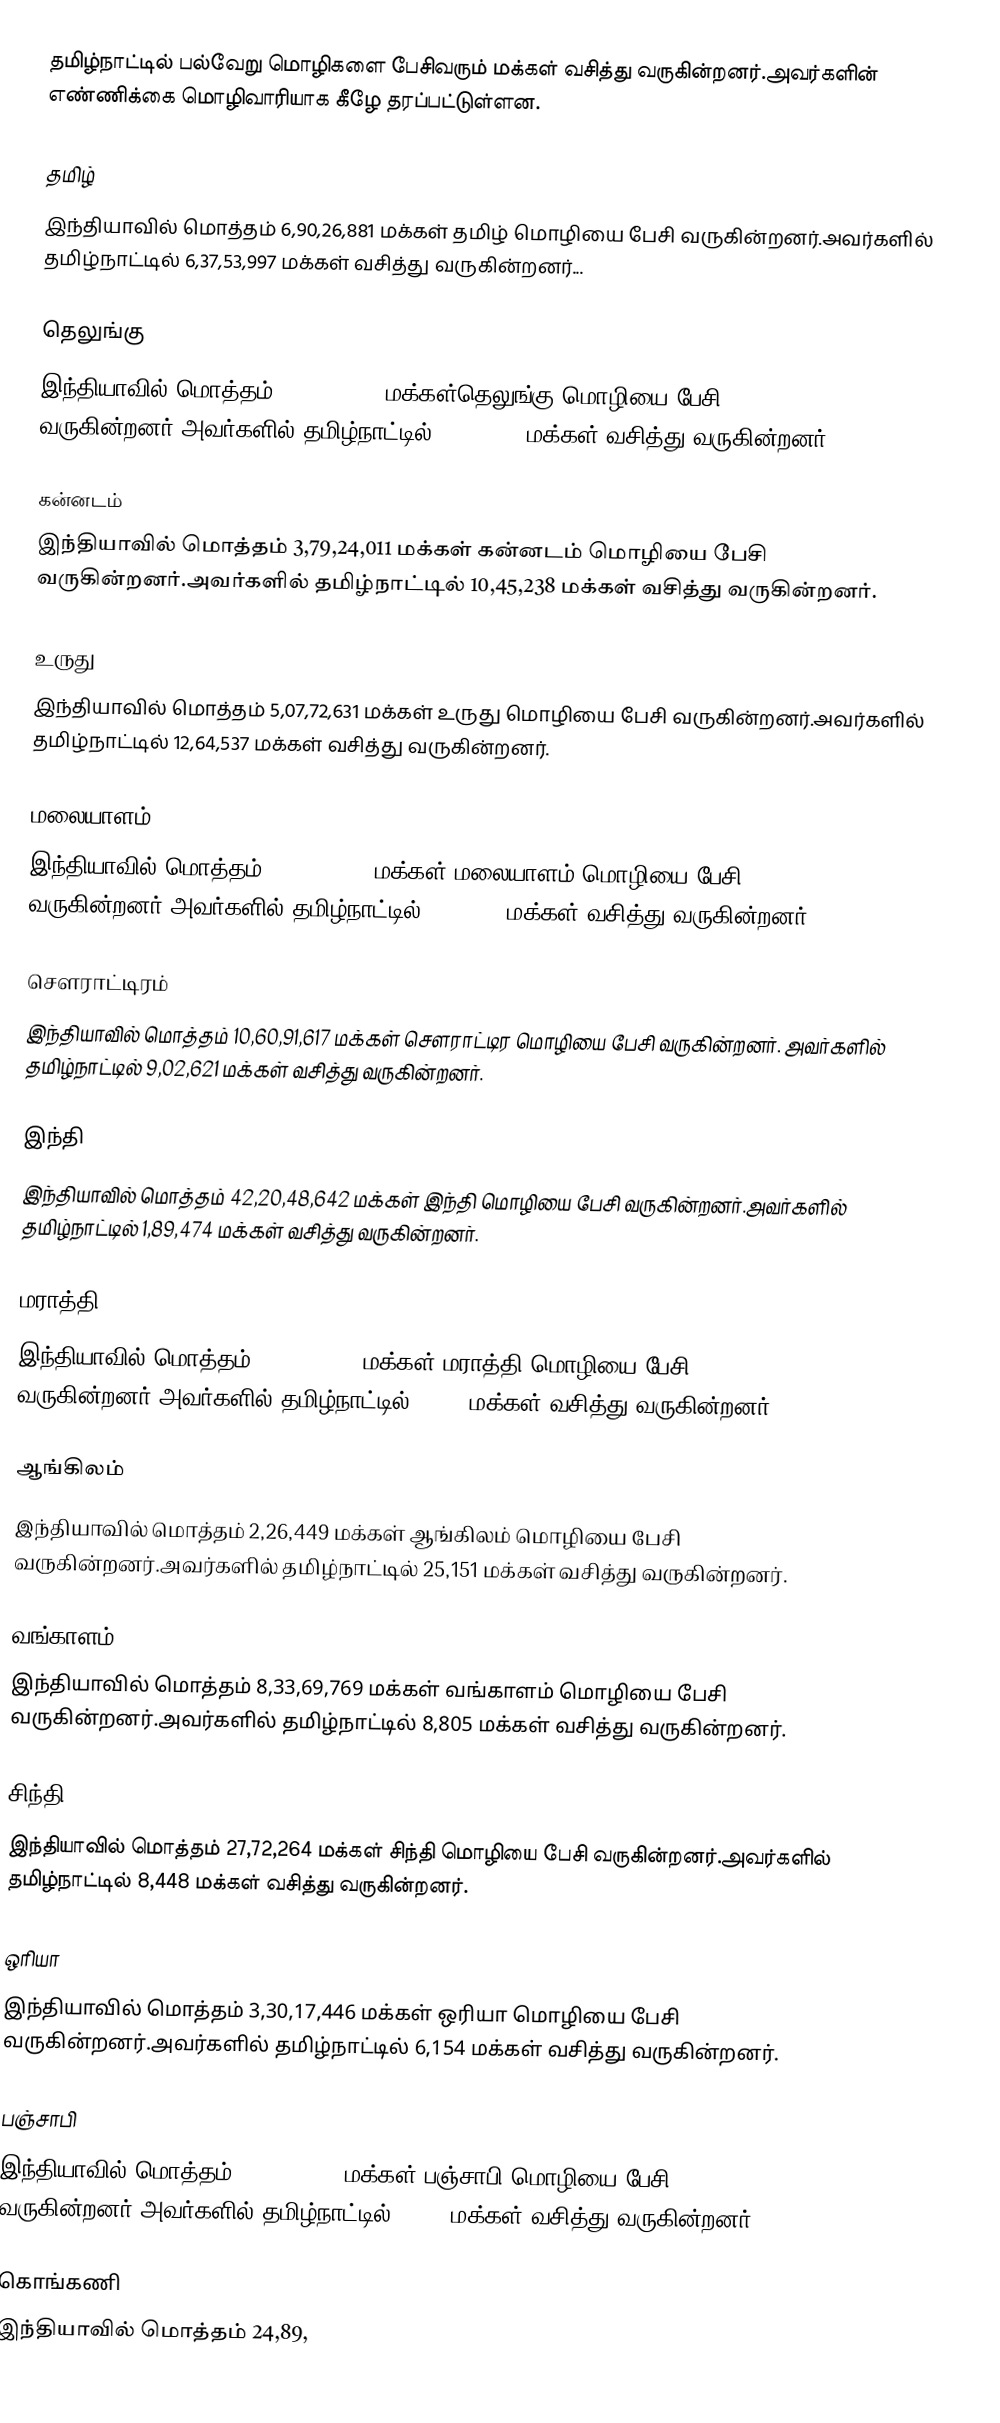
தமிழ்நாட்டில் பல்வேறு  மொழிகளை பேசிவரும் மக்கள் வசித்து வருகின்றனர்.அவர்களின் எண்ணிக்கை மொழிவாரியாக கீழே தரப்பட்டுள்ளன.

தமிழ்
இந்தியாவில் மொத்தம் 6,90,26,881 மக்கள் தமிழ் மொழியை பேசி வருகின்றனர்.அவர்களில் தமிழ்நாட்டில் 6,37,53,997 மக்கள் வசித்து வருகின்றனர்...

தெலுங்கு
இந்தியாவில் மொத்தம் 8,11,27,740 மக்கள்தெலுங்கு மொழியை பேசி வருகின்றனர்.அவர்களில் தமிழ்நாட்டில் 42,34,302 மக்கள் வசித்து வருகின்றனர்.

கன்னடம்
இந்தியாவில் மொத்தம் 3,79,24,011 மக்கள் கன்னடம் மொழியை பேசி வருகின்றனர்.அவர்களில் தமிழ்நாட்டில்  10,45,238 மக்கள் வசித்து வருகின்றனர்.

உருது
இந்தியாவில் மொத்தம் 5,07,72,631 மக்கள் உருது மொழியை பேசி வருகின்றனர்.அவர்களில் தமிழ்நாட்டில்  12,64,537 மக்கள் வசித்து வருகின்றனர்.

மலையாளம்
இந்தியாவில் மொத்தம் 3,30,66,392 மக்கள் மலையாளம் மொழியை பேசி வருகின்றனர்.அவர்களில் தமிழ்நாட்டில்  5,57,705 மக்கள் வசித்து வருகின்றனர்.

சௌராட்டிரம்
இந்தியாவில் மொத்தம் 10,60,91,617 மக்கள் சௌராட்டிர மொழியை பேசி வருகின்றனர். அவர்களில் தமிழ்நாட்டில்   9,02,621 மக்கள் வசித்து வருகின்றனர்.

இந்தி
இந்தியாவில் மொத்தம் 42,20,48,642 மக்கள் இந்தி மொழியை பேசி வருகின்றனர்.அவர்களில் தமிழ்நாட்டில்  1,89,474 மக்கள் வசித்து வருகின்றனர்.

மராத்தி
இந்தியாவில் மொத்தம் 7,19,36,894 மக்கள் மராத்தி மொழியை பேசி வருகின்றனர்.அவர்களில் தமிழ்நாட்டில் 60,614மக்கள் வசித்து வருகின்றனர்.

ஆங்கிலம்
இந்தியாவில் மொத்தம் 2,26,449 மக்கள் ஆங்கிலம் மொழியை பேசி வருகின்றனர்.அவர்களில் தமிழ்நாட்டில் 25,151    மக்கள் வசித்து வருகின்றனர்.

வங்காளம்
இந்தியாவில் மொத்தம் 8,33,69,769 மக்கள் வங்காளம் மொழியை பேசி வருகின்றனர்.அவர்களில் தமிழ்நாட்டில் 8,805 மக்கள் வசித்து வருகின்றனர்.

சிந்தி
இந்தியாவில் மொத்தம் 27,72,264 மக்கள் சிந்தி மொழியை பேசி வருகின்றனர்.அவர்களில் தமிழ்நாட்டில்  8,448 மக்கள் வசித்து வருகின்றனர்.

ஒரியா
இந்தியாவில் மொத்தம் 3,30,17,446 மக்கள் ஒரியா மொழியை பேசி வருகின்றனர்.அவர்களில் தமிழ்நாட்டில்  6,154 மக்கள் வசித்து வருகின்றனர்.

பஞ்சாபி
இந்தியாவில் மொத்தம் 2,91,02,477 மக்கள் பஞ்சாபி மொழியை பேசி வருகின்றனர்.அவர்களில் தமிழ்நாட்டில்   5,696 மக்கள் வசித்து வருகின்றனர்.

கொங்கணி
இந்தியாவில் மொத்தம் 24,89,